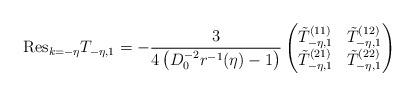
LaTeX: \begin{align*} \textnormal{Res}_{k=-\eta}T_{-\eta,1}=-\frac{3}{4\left(D_{0}^{-2}r^{-1}(\eta)-1\right)} \begin{pmatrix} \tilde{T}_{-\eta,1}^{(11)} & \tilde{T}_{-\eta,1}^{(12)}\\ \tilde{T}_{-\eta,1}^{(21)} & \tilde{T}_{-\eta,1}^{(22)} \end{pmatrix}\end{align*}